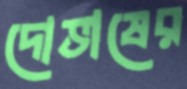
দোভাষের